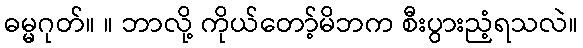
ဓမ္မဂုတ်။ ။ ဘာလို့ ကိုယ်တော့်မိဘက စီးပွားညံ့ရသလဲ။